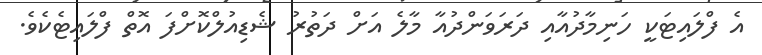
އެ ފްލައިޓަކީ ހަނިމާދުއާއި ދަރަވަންދުއާ މާލެ އަށް ދަތުރު ޝެޑިއުލްކޮށްފަ އޮތް ފްލައިޓެކެވެ.